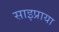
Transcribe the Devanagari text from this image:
साइप्राया